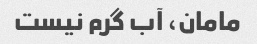
مامان، آب گرم نیست